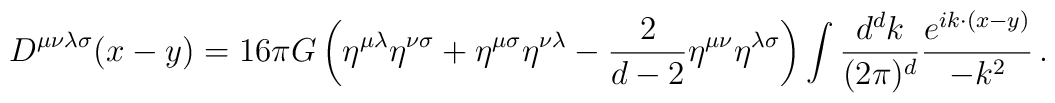
D^{\mu\nu\lambda\sigma}(x-y) = 16 \pi G \left(\eta^{\mu\lambda}\eta^{\nu\sigma} + \eta^{\mu \sigma} \eta^{\nu \lambda} - {2 \over d-2}\eta^{\mu \nu} \eta^{\lambda \sigma} \right) \int {d^dk \over (2 \pi)^d}{e^{i k \cdot (x-y)} \over - k^2}\,.